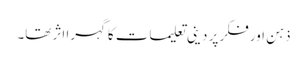
ذہن اور فکر پر دینی تعلیمات کاگہرا اثر تھا۔